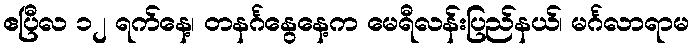
ဧပြီလ ၁၂ ရက်နေ့၊ တနင်္ဂနွေနေ့က မေရီလန်းပြည်နယ်၊ မင်္ဂလာရာမ